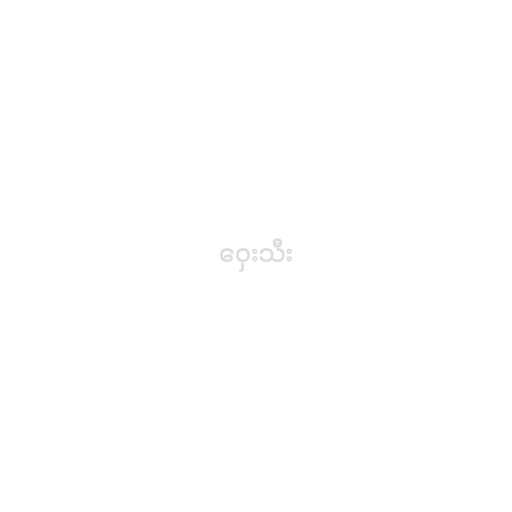
ဝှေးသီး